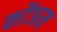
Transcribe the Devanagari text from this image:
कोंञम